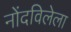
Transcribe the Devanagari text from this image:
नोंदविलेला